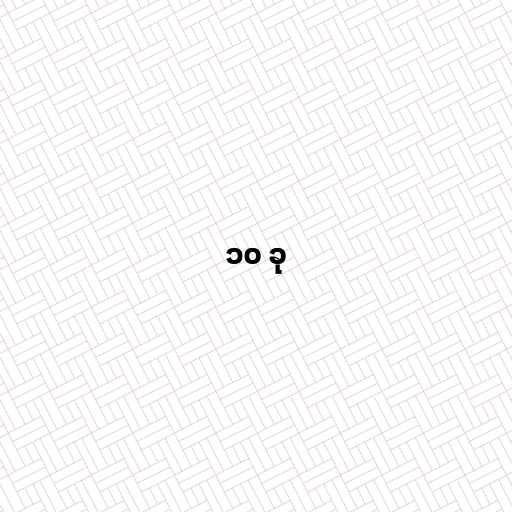
၁၀ ခု